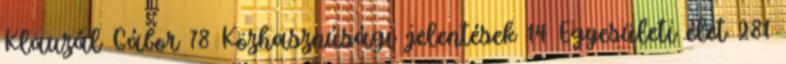
Klauzál Gábor 78 Közhasznúsági jelentések 14 Egyesületi élet 281